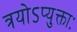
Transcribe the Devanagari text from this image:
त्रयोऽप्युक्ताः